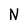
Character: N